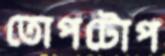
তোপটোপ